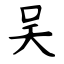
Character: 吴